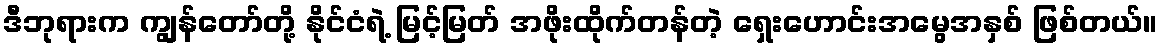
ဒီဘုရားက ကျွန်တော်တို့ နိုင်ငံရဲ့ မြင့်မြတ် အဖိုးထိုက်တန်တဲ့ ရှေးဟောင်းအမွေအနှစ် ဖြစ်တယ်။